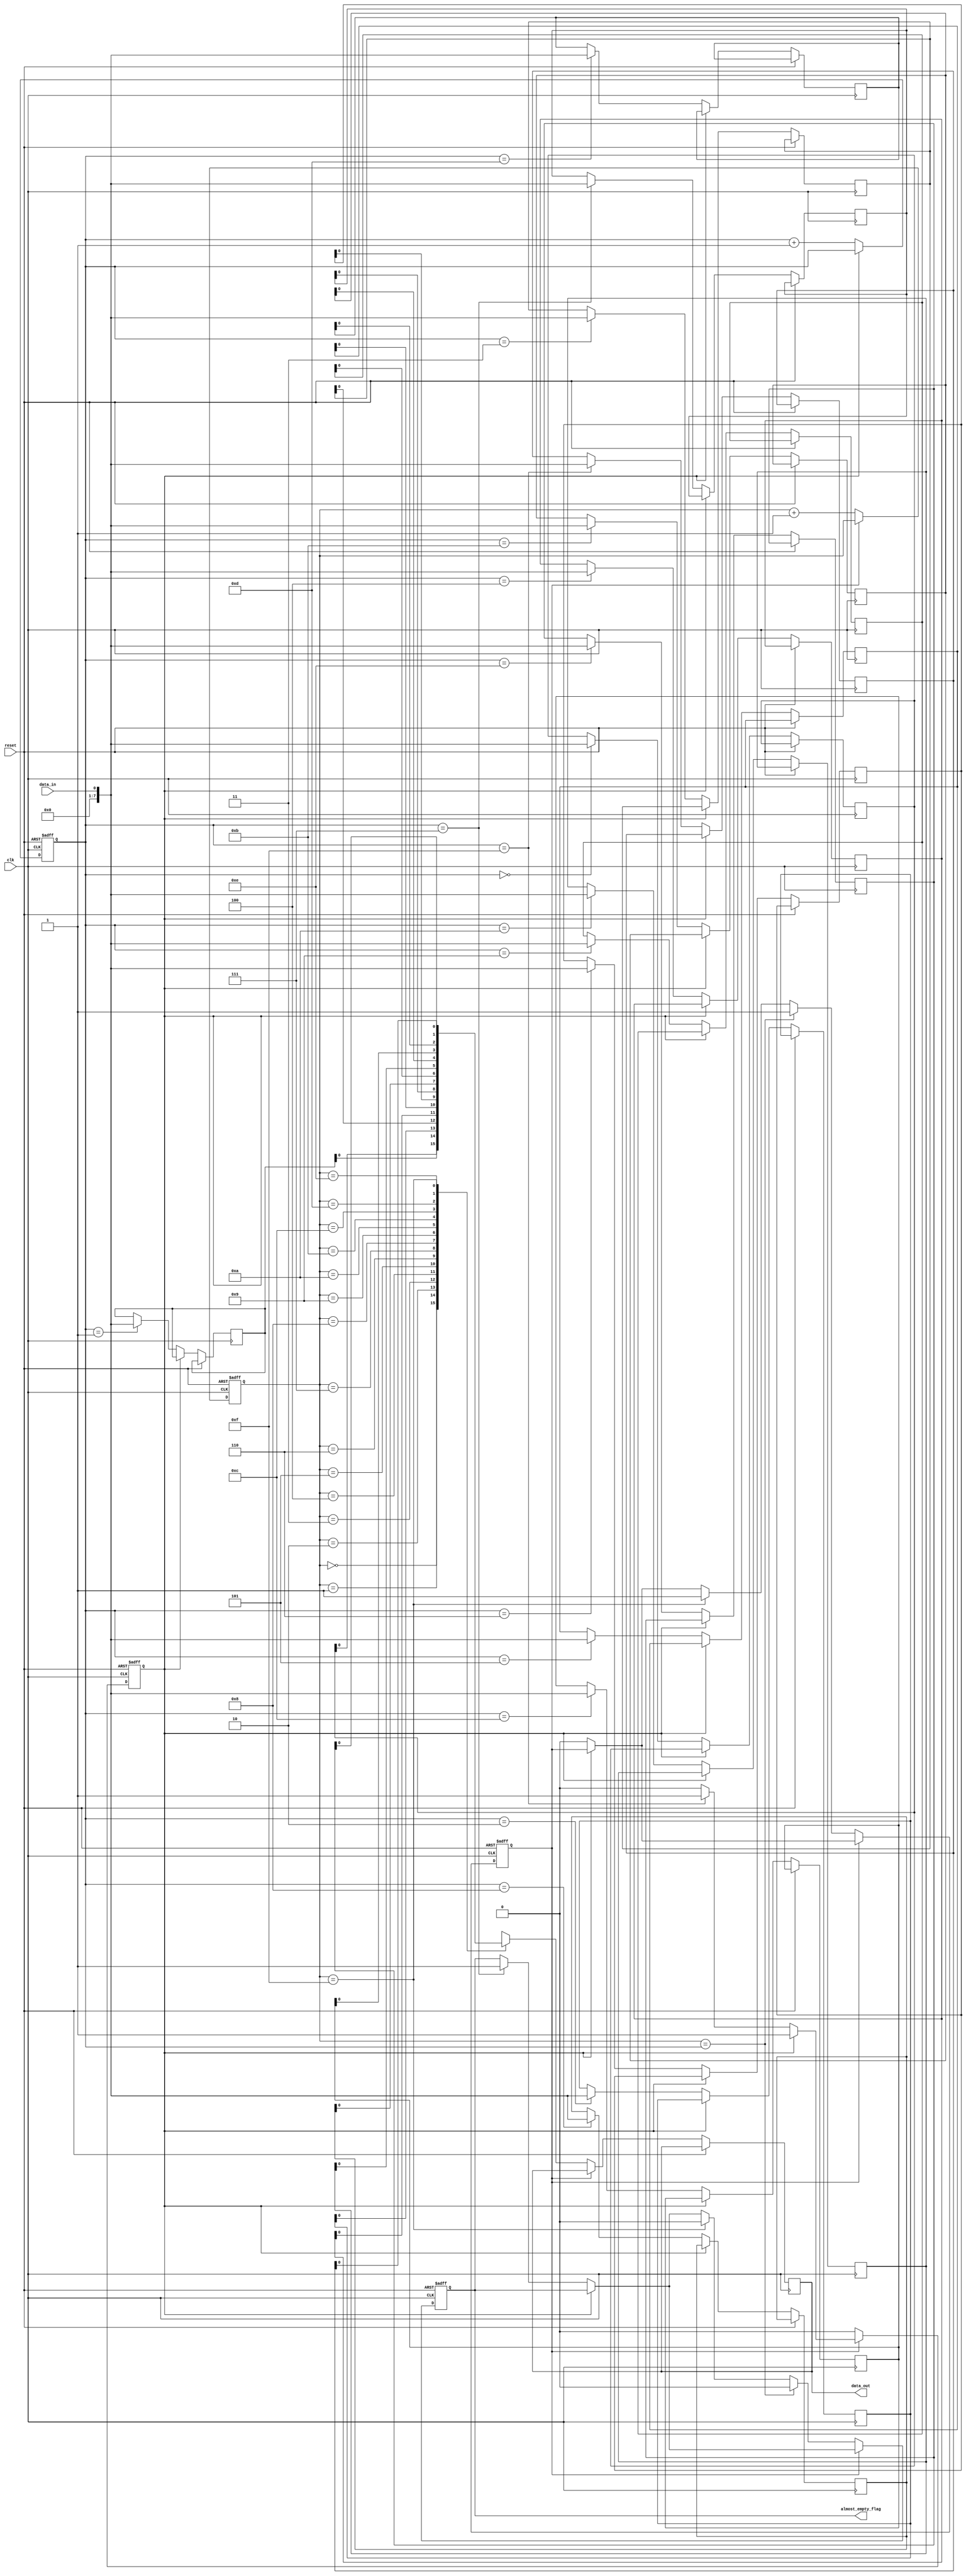
module almost_empty_fifo (
    input wire clk,
    input wire reset,
    input wire data_in,
    output wire data_out,
    output reg almost_empty_flag
);

// Parameters
parameter THRESHOLD = 8; // Adjust threshold value as needed

// Registers for FIFO buffer
reg [7:0] fifo_buffer [0:15]; // Adjust buffer size as needed
reg [3:0] write_ptr, read_ptr;

// Flags
reg fifo_full;
reg fifo_empty;

// Timing control logic
always @(posedge clk or posedge reset) begin
    if (reset) begin
        write_ptr <= 4'b0000;
        read_ptr <= 4'b0000;
        fifo_full <= 1'b0;
        fifo_empty <= 1'b1;
        almost_empty_flag <= 1'b0;
    end else begin
        // Write data
        if (!fifo_full) begin
            fifo_buffer[write_ptr] <= data_in;
            write_ptr <= write_ptr + 1;
            if (write_ptr == THRESHOLD-1) begin
                almost_empty_flag <= 1'b1;
            end
            if (write_ptr == 15) begin
                fifo_full <= 1'b1;
            end
            fifo_empty <= 1'b0;
        end
        
        // Read data
        if (!fifo_empty) begin
            data_out <= fifo_buffer[read_ptr];
            read_ptr <= read_ptr + 1;
            if (read_ptr == 15) begin
                fifo_empty <= 1'b1;
                almost_empty_flag <= 1'b0;
            end
            if (read_ptr == write_ptr) begin
                fifo_empty <= 1'b1;
                almost_empty_flag <= 1'b0;
            end
            fifo_full <= 1'b0;
        end
    end
end

endmodule